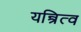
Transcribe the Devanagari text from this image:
यन्त्रित्व